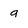
Character: 9